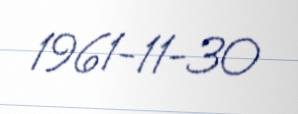
1961-11-30